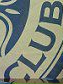
CLUB